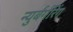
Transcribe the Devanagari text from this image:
न्युर्बर्गरिंग